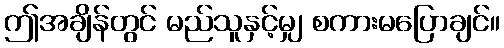
ဤအချိန်တွင် မည်သူနှင့်မျှ စကားမပြောချင်။